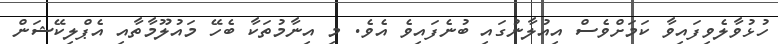
ހުޅުވާލެވިފައިވާ ކަމަށްވެސް އިއުލާނުގައި ބުނެފައިވެ އެވެ. މި އިނާމުތަކާ ބެހޭ މައުލޫމާތާއި އެޕްލިކޭޝަން